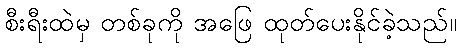
စီးရီးထဲမှ တစ်ခုကို အဖြေ ထုတ်ပေးနိုင်ခဲ့သည်။